Civil Veterinary Dept. Bombay admin report 1914-1922 - 1914-1922
Year: 1914
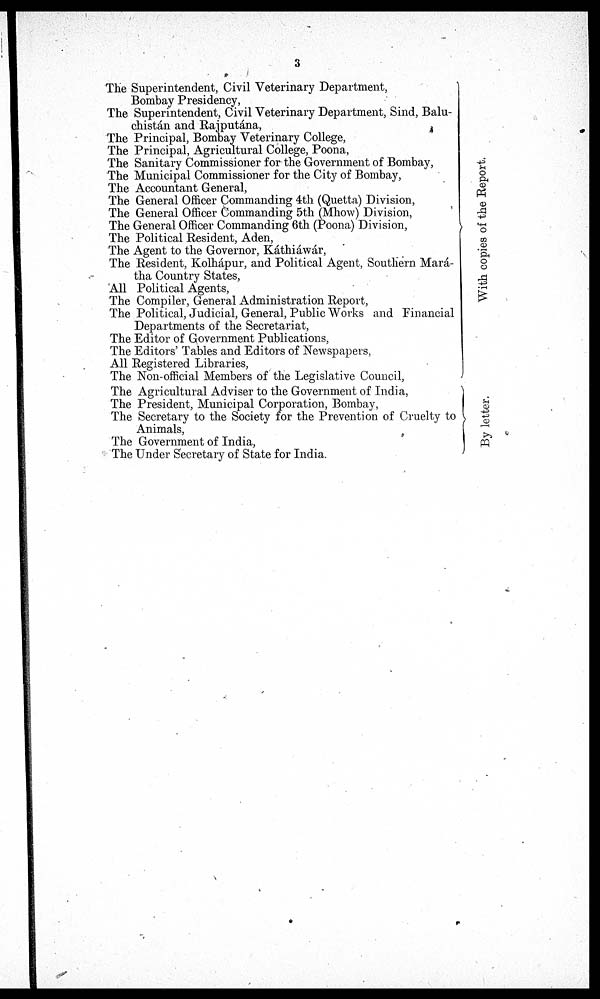
3
The Superintendent, Civil Veterinary Department,
Bombay Presidency,
The Superintendent, Civil Veterinary Department, Sind, Balu-
chistán and Rajputána,
The Principal, Bombay Veterinary College,
The Principal, Agricultural College, Poona,
The Sanitary Commissioner for the Government of Bombay,
The Municipal Commissioner for the City of Bombay,
The Accountant General,
The General Officer Commanding 4th (Quetta) Division,
The General Officer Commanding 5th (Mhow) Division,
The General Officer Commanding 6th (Poona) Division,
The Political Resident, Aden,
The Agent to the Governor, Káthiáwár,
The Resident, Kolhápur, and Political Agent, Southern Mará¬
tha Country States,
All Political Agents,
The Compiler, General Administration Report,
The Political, Judicial, General, Public Works and Financial
Departments of the Secretariat,
The Editor of Government Publications,
The Editors' Tables and Editors of Newspapers,
All Registered Libraries,
The Non-official Members of the Legislative Council,
The Agricultural Adviser to the Government of India,
The President, Municipal Corporation, Bombay,
The Secretary to the Society for the Prevention of Cruelty to
Animals,
The Government of India,
The Under Secretary of State for India.
With copies of the Repor t
.
By letter.